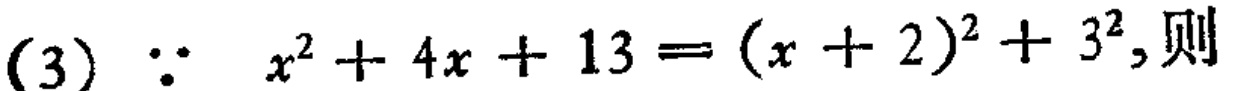
(3) \(\because x^{2}+4x + 13=(x + 2)^{2}+3^{2},\)则